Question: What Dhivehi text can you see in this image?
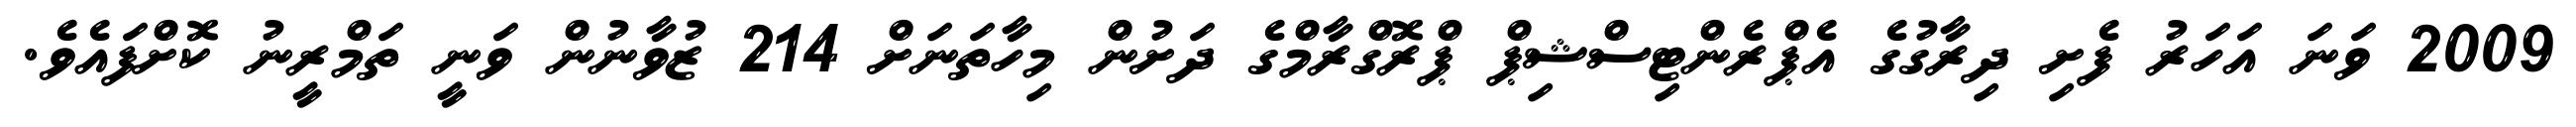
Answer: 2009 ވަނަ އަހަރު ފެށި ދިރާގުގެ އެޕްރެންޓިސްޝިޕް ޕްރޮގްރާމްގެ ދަށުން މިހާތަނަށް 214 ޒުވާނުން ވަނީ ތަމްރީނު ކޮށްފައެވެ.